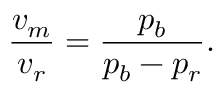
{ \frac { v _ { m } } { v _ { r } } } = { \frac { p _ { b } } { p _ { b } - p _ { r } } } .